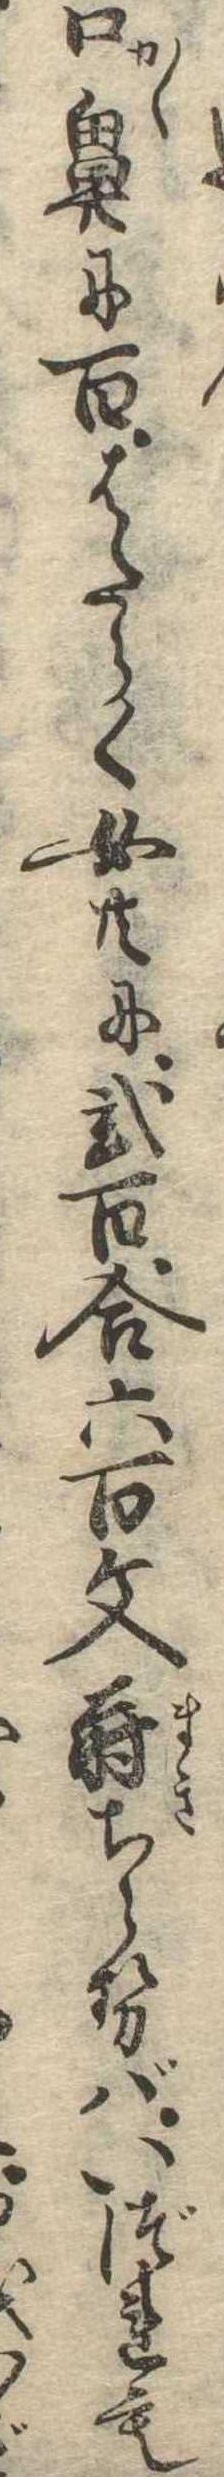
口鼻に百はたらく女共に弐百合六百文蒔ちらせばいづれも